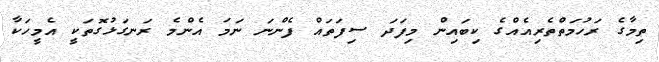
ތިމާގެ ރަހުމަތްތެރިއެއްގެ ކިބައިން މިފަދަ ސިފަތައް ފެންނަ ނަމަ އެންމެ ރަނގަޅުގޮތަކީ އެމީހަކާ